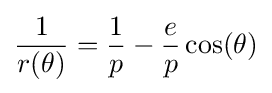
{\frac {1}{r(\theta )}}={\frac {1}{p}}-{\frac {e}{p}}\cos(\theta )